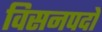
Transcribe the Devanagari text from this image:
विसनपदों